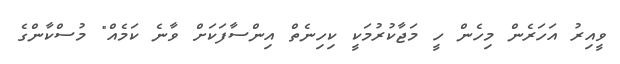
ވީއިރު އަހަރެން މިހެން ހީ މަޖާކުރުމަކީ ކިހިނެތް އިންސާފަކަށް ވާނެ ކަމެއް" މުސްކާންގެ